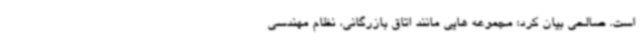
است. صالحی بیان کرد: مجموعه هایی مانند اتاق بازرگانی، نظام مهندسی